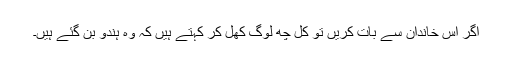
اگر اس خاندان سے بات کریں تو کُل چھ لوگ کھل کر کہتے ہیں کہ وہ ہندو بن گئے ہیں۔